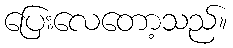
ပြေးလေတော့သည်။